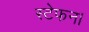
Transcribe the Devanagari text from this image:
स्टेफन।